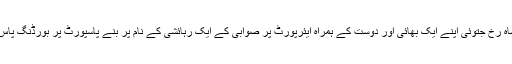
تین دن بعد ملزم شاہ رخ جتوئی اپنے ایک بھائی اور دوست کے ہمراہ ایئرپورٹ پر صوابی کے ایک رہائشی کے نام پر بنے پاسپورٹ پر بورڈنگ پاس حاصل کرتا ہے۔